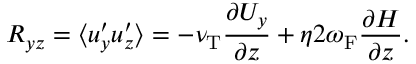
{ \cal { R } } _ { y z } = \langle { u _ { y } ^ { \prime } u _ { z } ^ { \prime } } \rangle = - \nu _ { \mathrm { { T } } } \frac { \partial U _ { y } } { \partial z } + \eta 2 \omega _ { \mathrm { { F } } } \frac { \partial H } { \partial z } .